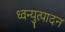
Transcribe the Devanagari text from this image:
ध्वन्युत्पादन